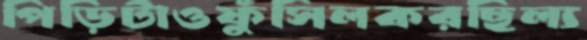
পিঁড়িটাওফুঁসিলকরছিল্য